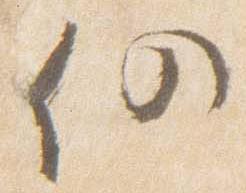
仍